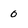
Character: 0